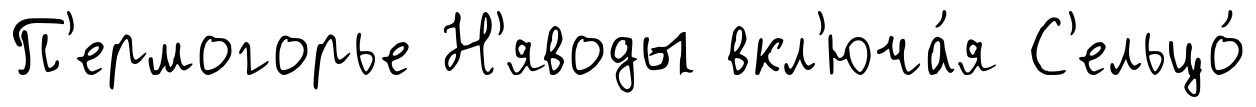
П'ермогорье Н'яводы вкл'юча́я С'ельцо́